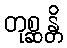
တုစ္ဆန္တိ